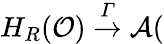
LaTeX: H_{R}(\mathcal{O})\stackrel{\mathcal{\Gamma}}{\rightarrow}\mathcal{A}(